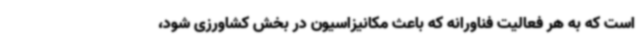
است که به هر فعالیت فناورانه که باعث مکانیزاسیون در بخش کشاورزی شود،